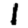
Digit: 1